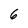
Character: 6